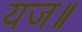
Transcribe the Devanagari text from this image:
यज॥